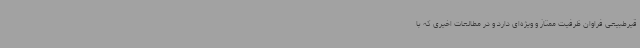
قیرطبیعی فراوان ظرفیت ممتاز و ویژه‌ای دارد و در مطالعات اخیری که با